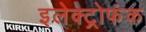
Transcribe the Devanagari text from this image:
इलेक्ट्रोफंक